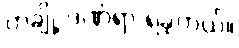
တချို့ ဒဏ်ရာ ရခဲ့တယ်။